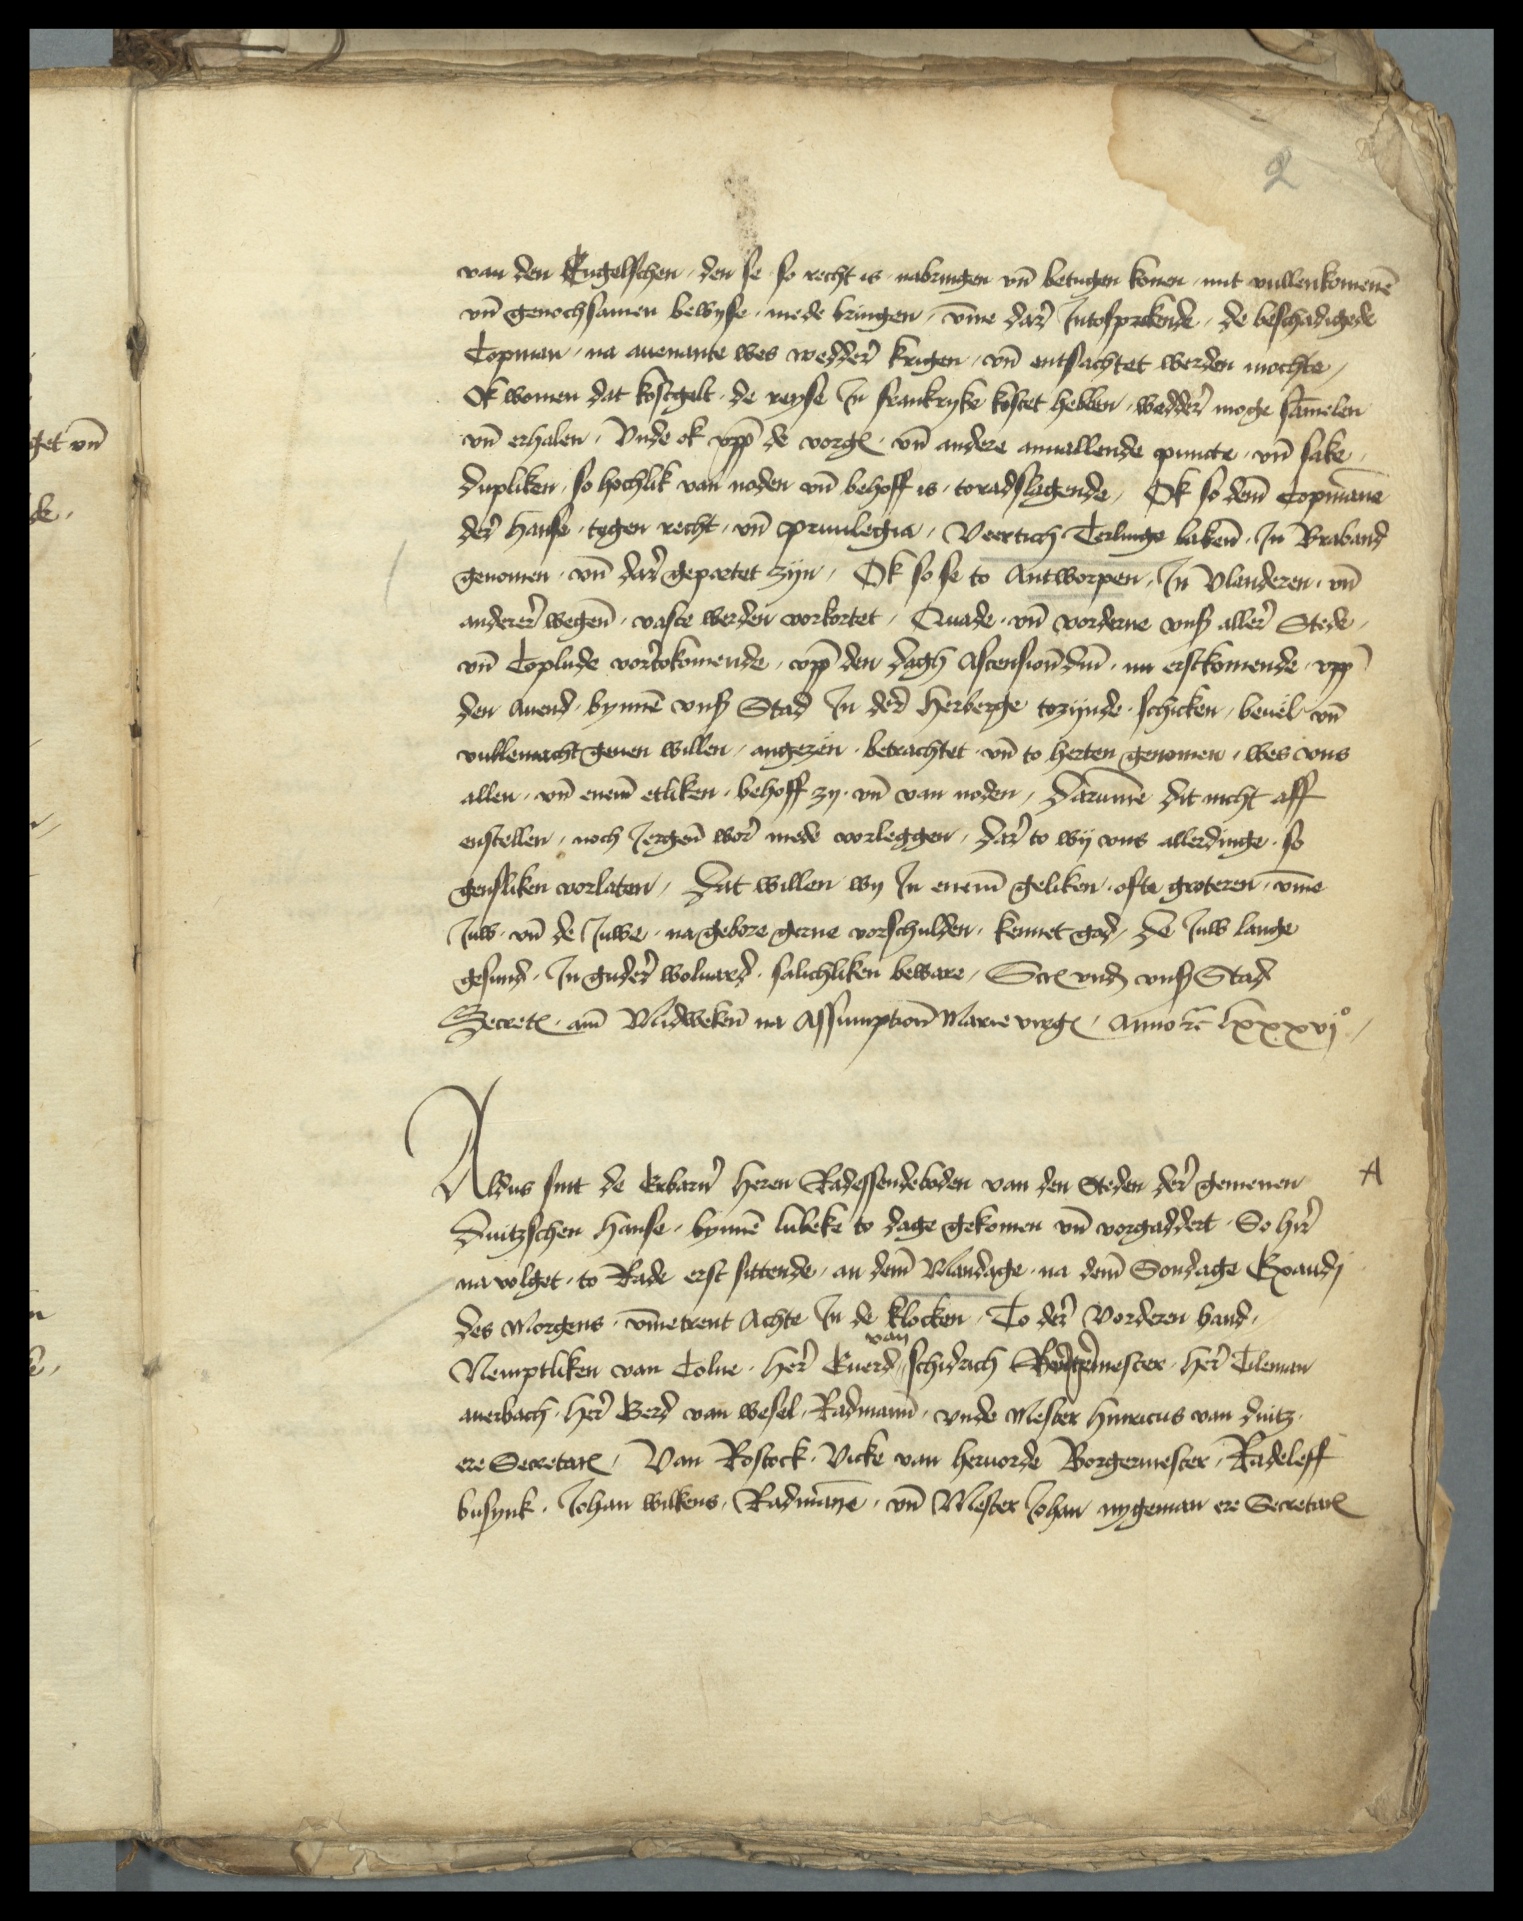
van den Engelschen, den se so recht is nabringen vnd betugen konen mit vullenkomenen
vnd genochsamen bewyse mede bringen, vmme dar Jntosprekende, de beschadigede
Copman, na auenante wes wedder krigen, vnd entsachtet werden mochte,
ok women dat kostgelt de reyse Jn Frankryke kostet hebben, wedder moge sammelen
vnd erhalen, Vnde ok vpp de vorgenomden vnd andere anuallende puncte vnd sake
dupliken, so hochlik van noden vnd behoff is toradtslagende, Ok so deme Copmanne
der hanse togen recht, vnd priuilegia, Veertich Terlinge lakene in Braband
genomen vnd dar gepartet zyn, Ok so se to Antworpen, Jn Vlanderen, vnd
anderer wegene vaste werden vorkortet, Qnade vnd vorderue vns aller Stede
vnd Coplude vortokomende, vppe den dagh ascensionis domini nu erstekomende vppe
der auend bynnen vnser Stad Jn der herberge tozynde schicken, beuel vnd
vullemacht geuen willen, angezen betrachtet vnd to herten genomen, wes vns
allen vnd eneme etliken behoff zy vnd van noden, darumme dit nicht aff
enstellen, noch Jergen wor mede vorleggen, dar to wy vns allerdinge so
gensliken vorlaten, dat willen wy Jn eneme geliken ofte groteren, vmme
Juw vnd de Juwe na gebore gerne vorschulden, kennet god, de Juw lange
gesund, Jn gudere woluared salichliken beware, Screuen vnde vnse Stad
Secretarius am Midweken na Asumptionis Marie vngꝬ Anno etcetera lxxxvjo

Aldus sint de Erbar̉n heren Radessendeboden van den Steden der gemenen
duitzschen hanse bynnē Lubeke to dage gekomen vn̄ vorgaddert, So hir
na volget, to Rade erst sittende, an dem̄ Mandage, na dem̄ Sondage Exandj
des morgens v̄metrent achte, Jn de klocken, To der̉ vorderen hand
Nemptliken van Colne her̉ Euerd van Schidach Borgermester, her̉ Tileman
Auerbach her̉ Gerd van Wesel Radman vnde mester Hinricus van Duitz
ere SecretarꝬ, Van Rostock Vicke van Heruorde Borgermester Radeleff
Busynk Johan Wilkens, Radmāne vnd Mester Johan Nygeman ere SecretarꝬ